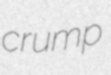
crump